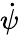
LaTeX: \dot{\psi}